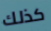
كذلك